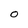
Character: O